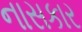
નાસકાર